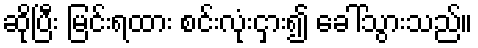
ဆိုပြီး မြင်းရထား စင်းလုံးငှား၍ ခေါ်သွားသည်။